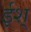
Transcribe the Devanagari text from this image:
ईश्